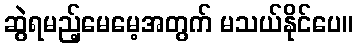
ဆွဲရမည့်မေမေ့အတွက် မသယ်နိုင်ပေ။